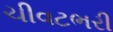
ચીવટભરી